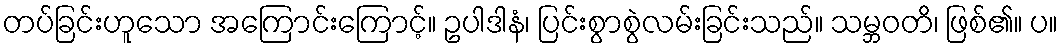
တပ်ခြင်းဟူသော အကြောင်းကြောင့်။ ဥပါဒါနံ၊ ပြင်းစွာစွဲလမ်းခြင်းသည်။ သမ္ဘဝတိ၊ ဖြစ်၏။ ပ။